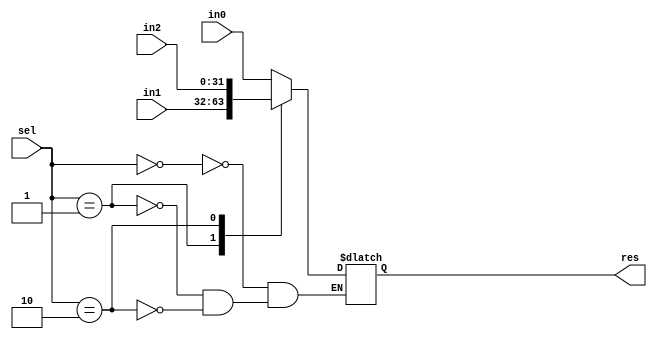
module mux4 (
    input [31:0] in0,  // Entrada 0
    input [31:0] in1,  // Entrada 1
    input [31:0] in2,  // Entrada 2
    input [1:0] sel,   // Selector de 2 bits
    output reg [31:0] res // Salida
);

    // Lgica del multiplexor
    always @(*) begin
        case (sel)
            2'b00: res = in0;
            2'b01: res = in1;
            2'b10: res = in2;
        endcase
    end

endmodule